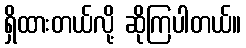
ရှိထားတယ်လို့ ဆိုကြပါတယ်။